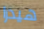
هيدرا